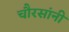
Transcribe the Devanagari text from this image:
चौरसांनी